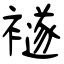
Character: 襚